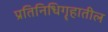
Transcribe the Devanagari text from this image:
प्रतिनिधिगॄहातील